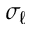
\sigma _ { \ell }